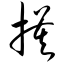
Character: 摸